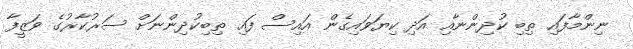
ނިންމާފައި ތިބި ކުދިންނާއި އަދި ކިޔަވައިގެން އައިސް ފައި ތިބިކުދިންނަށް ސަރުކާރުގެ ވަޒީފާ